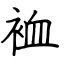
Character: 裇